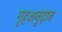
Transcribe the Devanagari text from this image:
गृहअनुदान